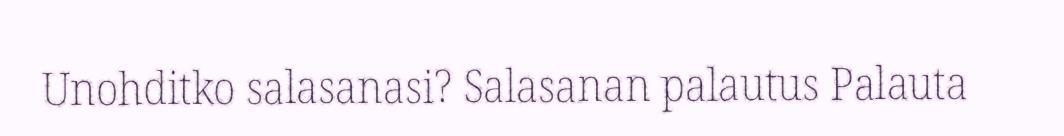
Unohditko salasanasi? Salasanan palautus Palauta